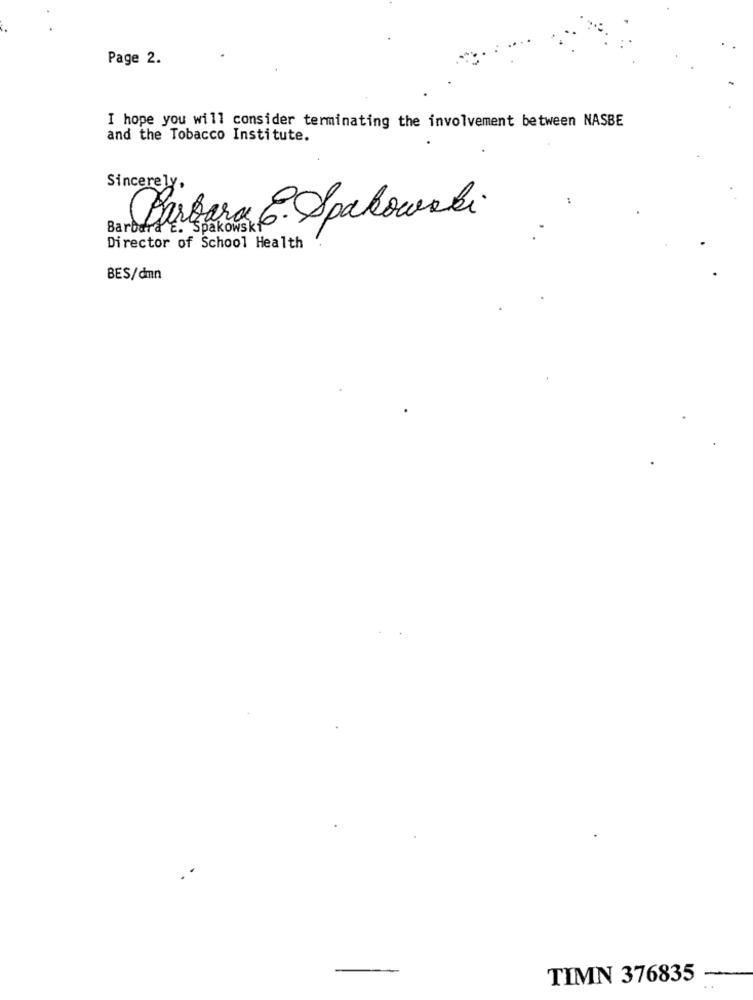
Page 2.
I hope you will consider terminating the involvement between NASBE
and the Tobacco Institute.
Sincerely,
Perbara 6. Spakowski
Barbard E.
HE. Spakowski
Director of School Health
BES/dmn
TIMN 376835